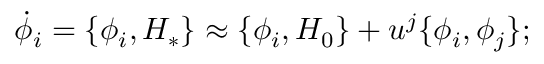
\dot { \phi } _ { i } = \{ \phi _ { i } , H _ { * } \} \approx \{ \phi _ { i } , H _ { 0 } \} + u ^ { j } \{ \phi _ { i } , \phi _ { j } \} ;